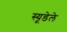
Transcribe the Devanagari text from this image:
स्यूडेले